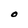
Character: O